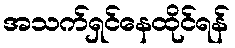
အသက်ရှင်နေထိုင်ရန်